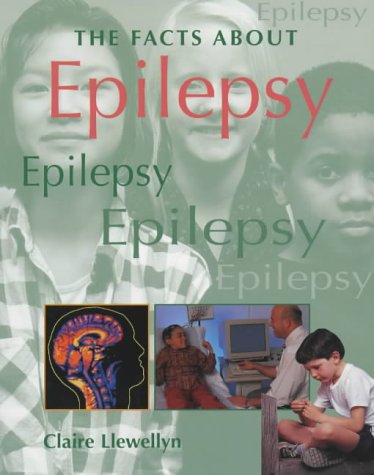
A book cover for Epilepsy (Facts About); CLAIRE LLEWELLYN; Health, Fitness & Dieting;